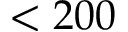
< 2 0 0